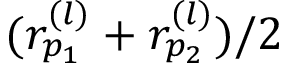
( r _ { p _ { 1 } } ^ { ( l ) } + r _ { p _ { 2 } } ^ { ( l ) } ) / 2